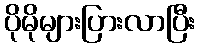
ပိုမိုများပြားလာပြီး